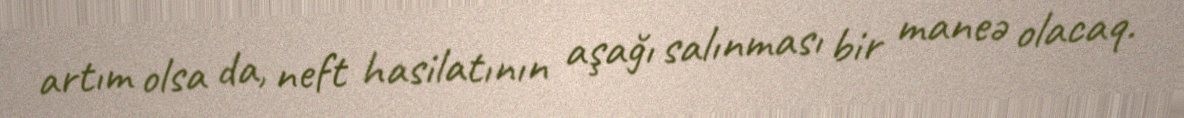
artım olsa da, neft hasilatının aşağı salınması bir maneə olacaq.